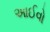
આઈવો